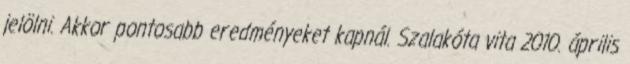
jelölni. Akkor pontosabb eredményeket kapnál. Szalakóta vita 2010. április